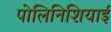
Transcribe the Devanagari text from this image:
पोलिनिशियाई